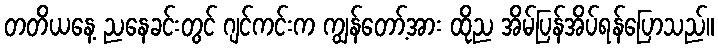
တတိယနေ့ ညနေခင်းတွင် ဂျင်ကင်းက ကျွန်တော့်အား ထိုည အိမ်ပြန်အိပ်ရန်ပြောသည်။